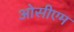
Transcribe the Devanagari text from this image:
ओसीएम